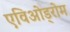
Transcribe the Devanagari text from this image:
एविओड्रोम